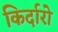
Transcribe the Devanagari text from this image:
किर्दारो